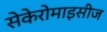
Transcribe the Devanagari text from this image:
सेकेरोमाइसीज